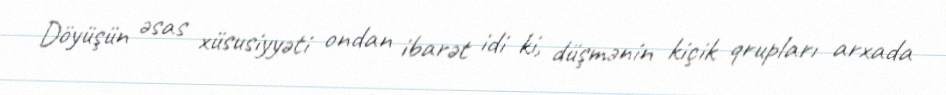
Döyüşün əsas xüsusiyyəti ondan ibarət idi ki, düşmənin kiçik qrupları arxada